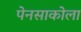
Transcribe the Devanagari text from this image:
पेनसाकोला